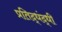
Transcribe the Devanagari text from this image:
प्रतिद्धंद्धी